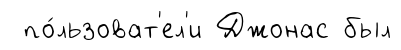
по́льзоват'ел'и Джонас был